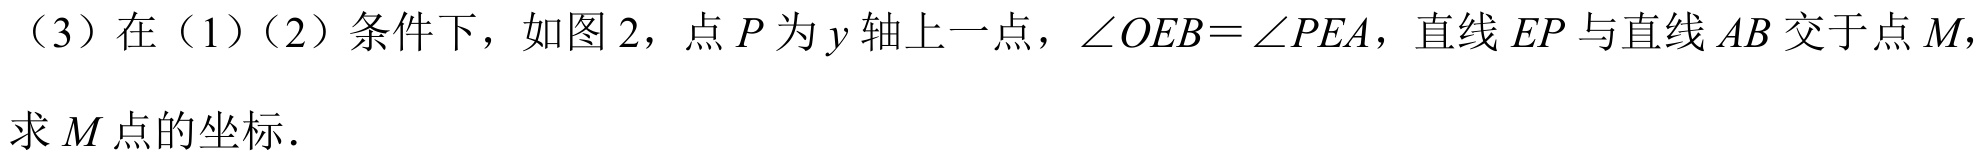
（3）在（1）（2）条件下，如图2，点\(P\)为\(y\)轴上一点，\(\angle OEB=\angle PEA\)，直线\(EP\)与直线\(AB\)交于点\(M\)，
求\(M\)点的坐标.